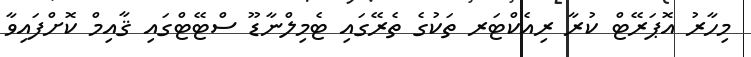
މިހާރު އޮޕަރޭޓް ކުރާ ރިއެކްޓަރ ތަކުގެ ތެރޭގައި ޓެމިލްނާޑޫ ސްޓޭޓްގައި ޤާއިމް ކޮށްފައިވާ